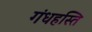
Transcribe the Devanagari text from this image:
गंधहस्ति